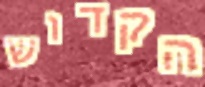
הקדוש